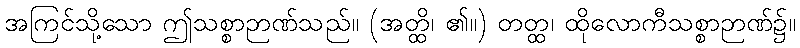
အကြင်သို့သော ဤသစ္စာဉာဏ်သည်။ (အတ္ထိ၊ ၏။) တတ္ထ၊ ထိုလောကီသစ္စာဉာဏ်၌။